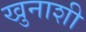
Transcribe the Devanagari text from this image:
खुनाशी